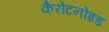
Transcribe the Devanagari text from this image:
कैरोटनोइड